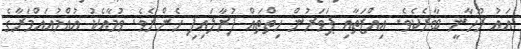
އައު ރޫހާނީ ބާރެކެވެ. އިއްޒަތާއި ޕަވަރުން ހިތްތައް ފުރާލައިފި ހެންނެވެ. ވުމާއެކު އުއްމުއައްމަރާގެ